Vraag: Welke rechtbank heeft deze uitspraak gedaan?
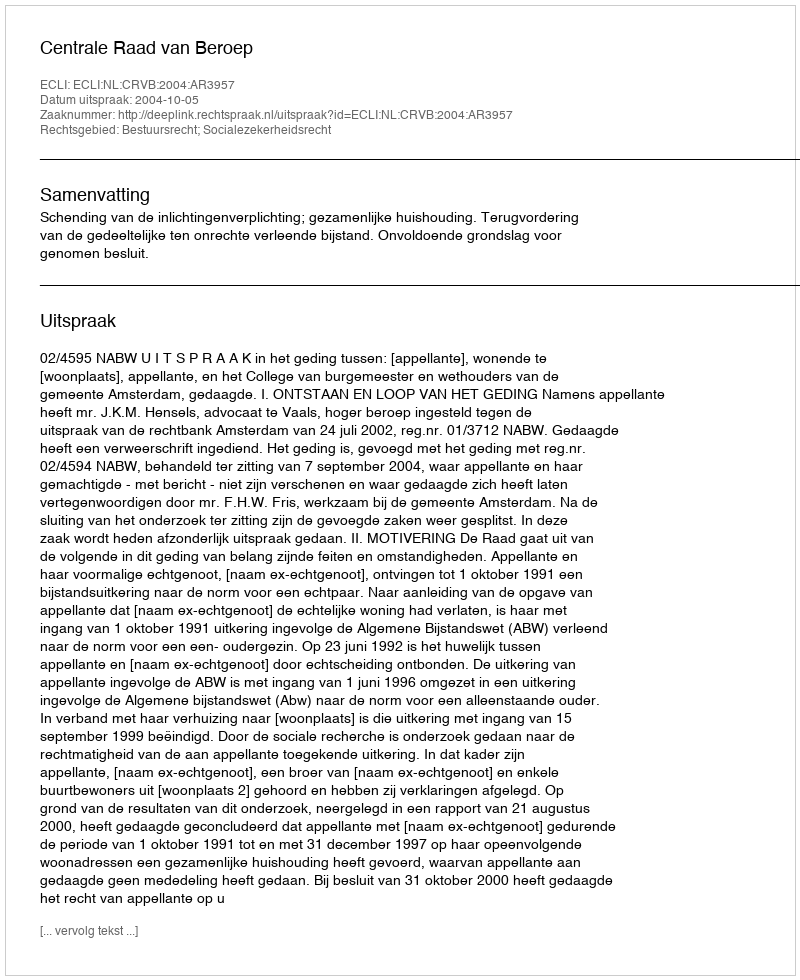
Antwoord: Centrale Raad van Beroep